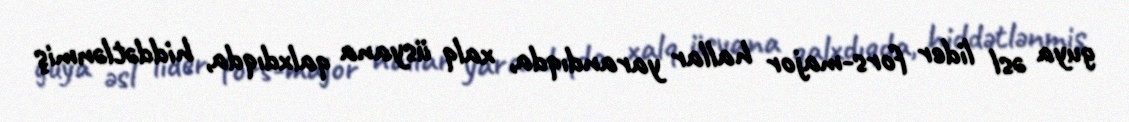
guya əsl lider fors-major hallar yarandıqda, xalq üsyana qalxdıqda, hiddətlənmiş